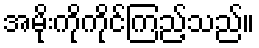
အမိုးကိုကိုင်ကြည့်သည်။